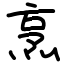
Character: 烹